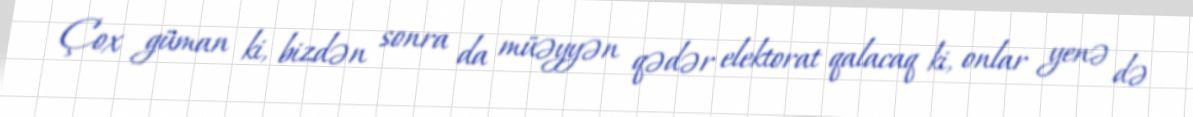
Çox güman ki, bizdən sonra da müəyyən qədər elektorat qalacaq ki, onlar yenə də